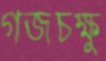
গজচক্ষু